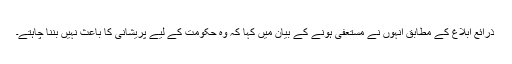
ذرائع ابلاغ کے مطابق اْنہوں نے مستعفی ہونے کے بیان میں کہا کہ وہ حکومت کے لیے پریشانی کا باعث نہیں بننا چاہتے۔